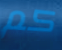
كم